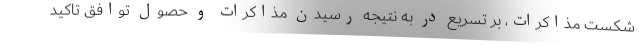
شکست مذاکرات، بر تسریع در به نتیجه رسیدن مذاکرات و حصول توافق تاکید